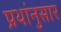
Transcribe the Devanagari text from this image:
प्रथांनुसार